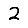
Digit: 2